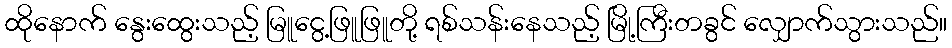
ထိုနောက် နွေးထွေးသည့် မြူငွေ့ဖြူဖြူတို့ ရစ်သန်းနေသည့် မြို့ကြီးတခွင် လျှောက်သွားသည်။